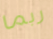
ربما